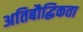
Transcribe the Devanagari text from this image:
अतिबौद्धिकता